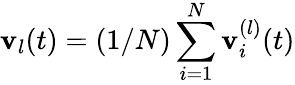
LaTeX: {\mathbf v}_{l}(t)=(1/N)\sum_{i=1}^{N}{\mathbf v}_{i}^{(l)}(t)